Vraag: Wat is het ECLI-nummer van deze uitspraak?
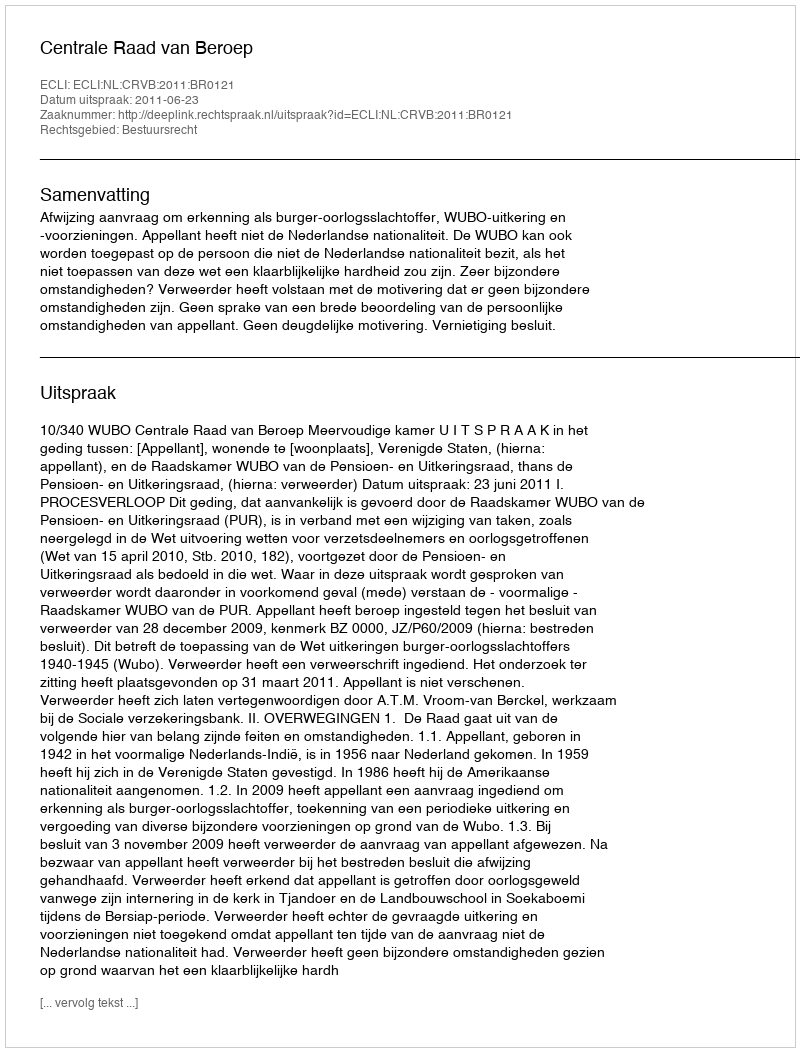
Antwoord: ECLI:NL:CRVB:2011:BR0121